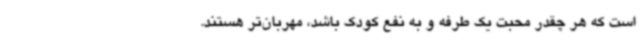
است که هر چقدر محبت یک طرفه و به نفع کودک باشد، مهربان‌تر هستند.